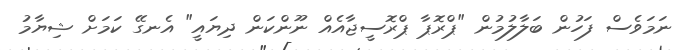
ނަމަވެސް ފަހުން ބަލާލުމުން "ޕްރޮޕާ ޕްރޮސީޖާއެއް ނޫންކަން ދިޔައީ" އެނގޭ ކަމަށް ޝިޔާމު